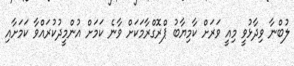
ލުބްނާ ވިދާޅުވީ މިއީ ވަރަށް ކާމިޔާބު ޕްރޮގްރާމަކަށް ވާނެ ކަމަށް އުންމީދުކުރައްވާ ކަމަށާއި